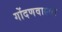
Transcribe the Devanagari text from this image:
गोंदणवाल्या